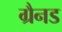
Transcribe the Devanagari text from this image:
ग्रैनड